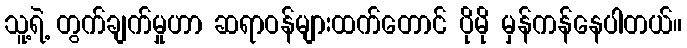
သူ့ရဲ့ တွက်ချက်မှုဟာ ဆရာဝန်များထက်တောင် ပိုမို မှန်ကန်နေပါတယ်။